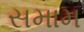
સમામ